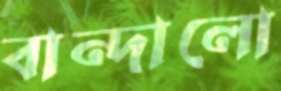
বান্দালো